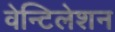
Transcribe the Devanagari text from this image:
वेन्टिलेशन